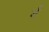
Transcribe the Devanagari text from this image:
र्ग